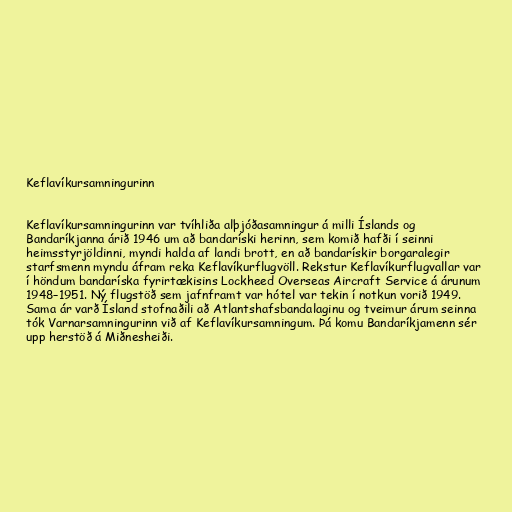
Keflavíkursamningurinn

Keflavíkursamningurinn var tvíhliða alþjóðasamningur á milli Íslands og
Bandaríkjanna árið 1946 um að bandaríski herinn, sem komið hafði í seinni
heimsstyrjöldinni, myndi halda af landi brott, en að bandarískir borgaralegir
starfsmenn myndu áfram reka Keflavíkurflugvöll. Rekstur Keflavíkurflugvallar var
í höndum bandaríska fyrirtækisins Lockheed Overseas Aircraft Service á árunum
1948–1951. Ný flugstöð sem jafnframt var hótel var tekin í notkun vorið 1949.
Sama ár varð Ísland stofnaðili að Atlantshafsbandalaginu og tveimur árum seinna
tók Varnarsamningurinn við af Keflavíkursamningum. Þá komu Bandaríkjamenn sér
upp herstöð á Miðnesheiði.